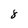
Character: 8